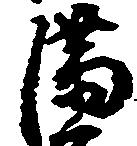
満